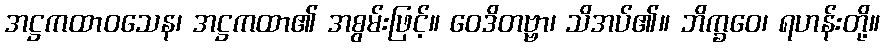
အဋ္ဌကထာဝသေန၊ အဋ္ဌကထာ၏ အစွမ်းဖြင့်။ ဝေဒိတဗ္ဗာ၊ သိအပ်၏။ ဘိက္ခဝေ၊ ရဟန်းတို့။